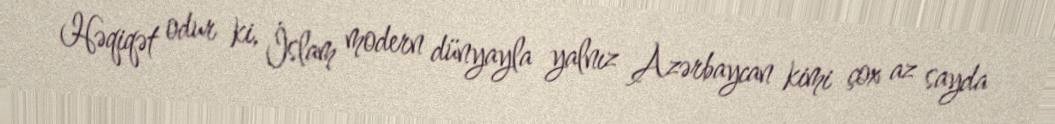
Həqiqət odur ki, İslam modern dünyayla yalnız Azərbaycan kimi çox az sayda